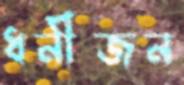
ধনীজন